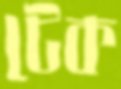
টেক